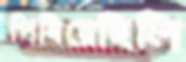
পিষিয়েছিলি